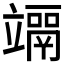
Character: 𥫀